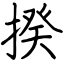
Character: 揆